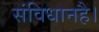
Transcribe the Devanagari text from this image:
संविधानहै।